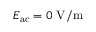
E _ { \mathrm { a c } } = 0 ~ \mathrm { V / m }